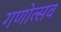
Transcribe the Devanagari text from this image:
गणोत्सव